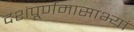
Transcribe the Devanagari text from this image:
दशंपूर्णमासाभ्यां